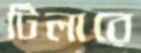
টিলারে